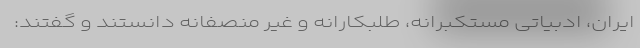
ایران، ادبیاتی مستکبرانه، طلبکارانه و غیر منصفانه دانستند و گفتند: